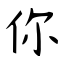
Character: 你